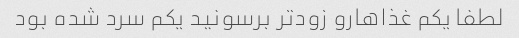
لطفا یکم غذاهارو زودتر برسونید یکم سرد شده بود